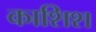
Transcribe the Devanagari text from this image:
काशिश